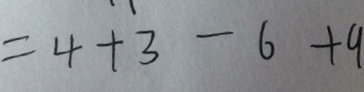
= 4 + 3 - 6 + 9